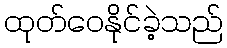
ထုတ်ဝေနိုင်ခဲ့သည်